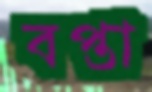
বপ্তা